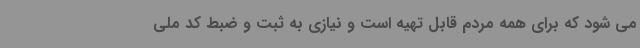
می شود که برای همه مردم قابل تهیه است و نیازی به ثبت و ضبط کد ملی